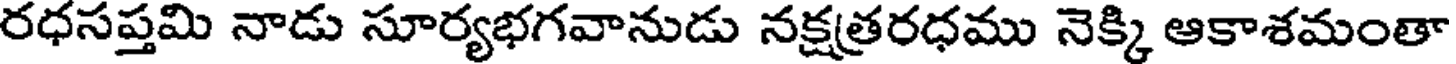
రధసప్తమి నాడు సూర్యభగవానుడు నక్షత్రరధము నెక్కి ఆకాశమంతా